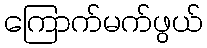
ကြောက်မက်ဖွယ်